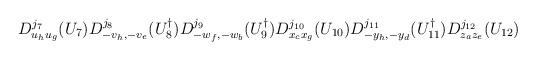
LaTeX: \begin{align*}D^{j_7}_{u_hu_g}(U_7)D^{j_8}_{-v_h,-v_e}(U_8^\dagger)D^{j_9}_{-w_f,-w_b}(U_9^\dagger)D^{j_{10}}_{x_cx_g}(U_{10})D^{j_{11}}_{-y_h,-y_d}(U_{11}^\dagger)D^{j_{12}}_{z_az_e}(U_{12})\end{align*}